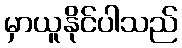
မှာယူနိုင်ပါသည်